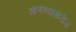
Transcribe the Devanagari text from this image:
आणण्याखेरीज